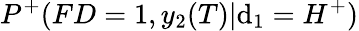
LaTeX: P^{+}(FD=1,y_{2}(T)|\mathrm{d}_{1}=H^{+})